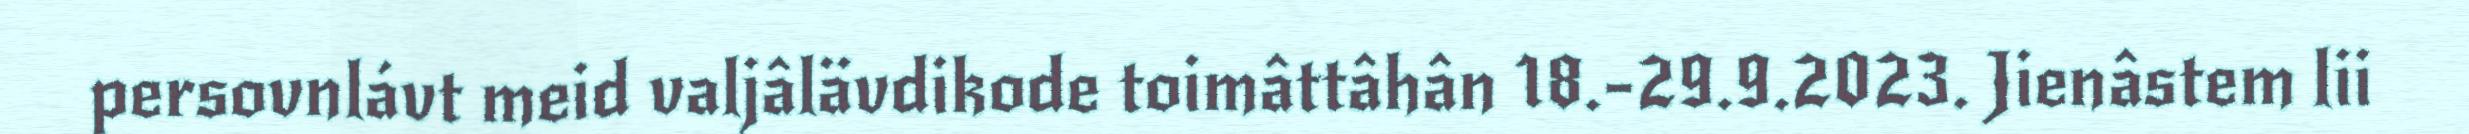
persovnlávt meid valjâlävdikode toimâttâhân 18.-29.9.2023. Jienâstem lii